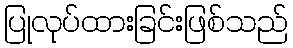
ပြုလုပ်ထားခြင်းဖြစ်သည်